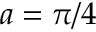
a = \pi / 4